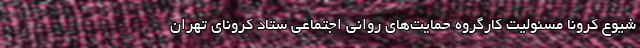
شیوع کرونا مسئولیت کارگروه حمایت‌های روانی اجتماعی ستاد کرونای تهران